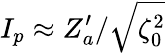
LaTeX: I_{p}\approx Z_{a}^{\prime}/\sqrt{\zeta_{0}^{2}}